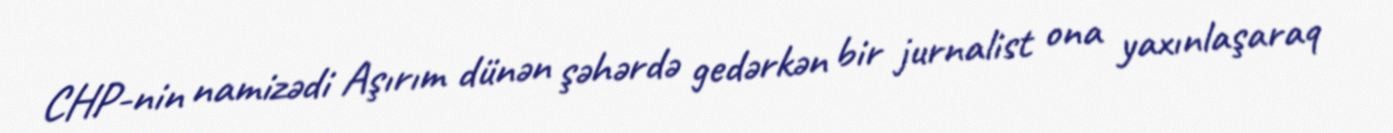
CHP-nin namizədi Aşırım dünən şəhərdə gedərkən bir jurnalist ona yaxınlaşaraq